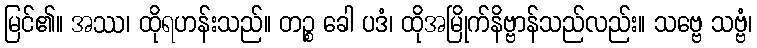
မြင်၏။ အဿ၊ ထိုရဟန်းသည်။ တဉ္စ ခေါ ပဒံ၊ ထိုအမြိုက်နိဗ္ဗာန်သည်လည်း။ သဗ္ဗေ သဗ္ဗံ၊